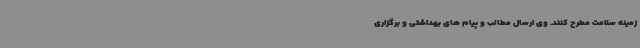
زمینه سلامت مطرح کنند. وی ارسال مطالب و پیام های بهداشتی و برگزاری